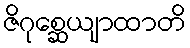
ဇိဂုစ္ဆေယျာထာတိ